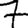
Digit: 7